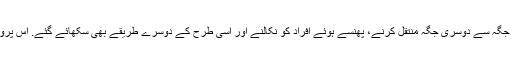
امامیہ بوائے اسکاوٹس کے ممبران کو اس تربیتی ورکشاپ کے دوران زخمیوں کو بحفاظت ایک جگہ سے دوسری جگہ منتقل کرنے، پھنسے ہوئے افراد کو نکالنے اور اسی طرح کے دوسرے طریقے بھی سکھائے گئے. اس پروگرام کا مقصد اسکاوٹس قدرتی آفات میں انسانی جانوں کو بچانے کے لئے اہم کردار ادا کرنا ہے۔